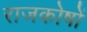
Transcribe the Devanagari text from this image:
राजकोषों